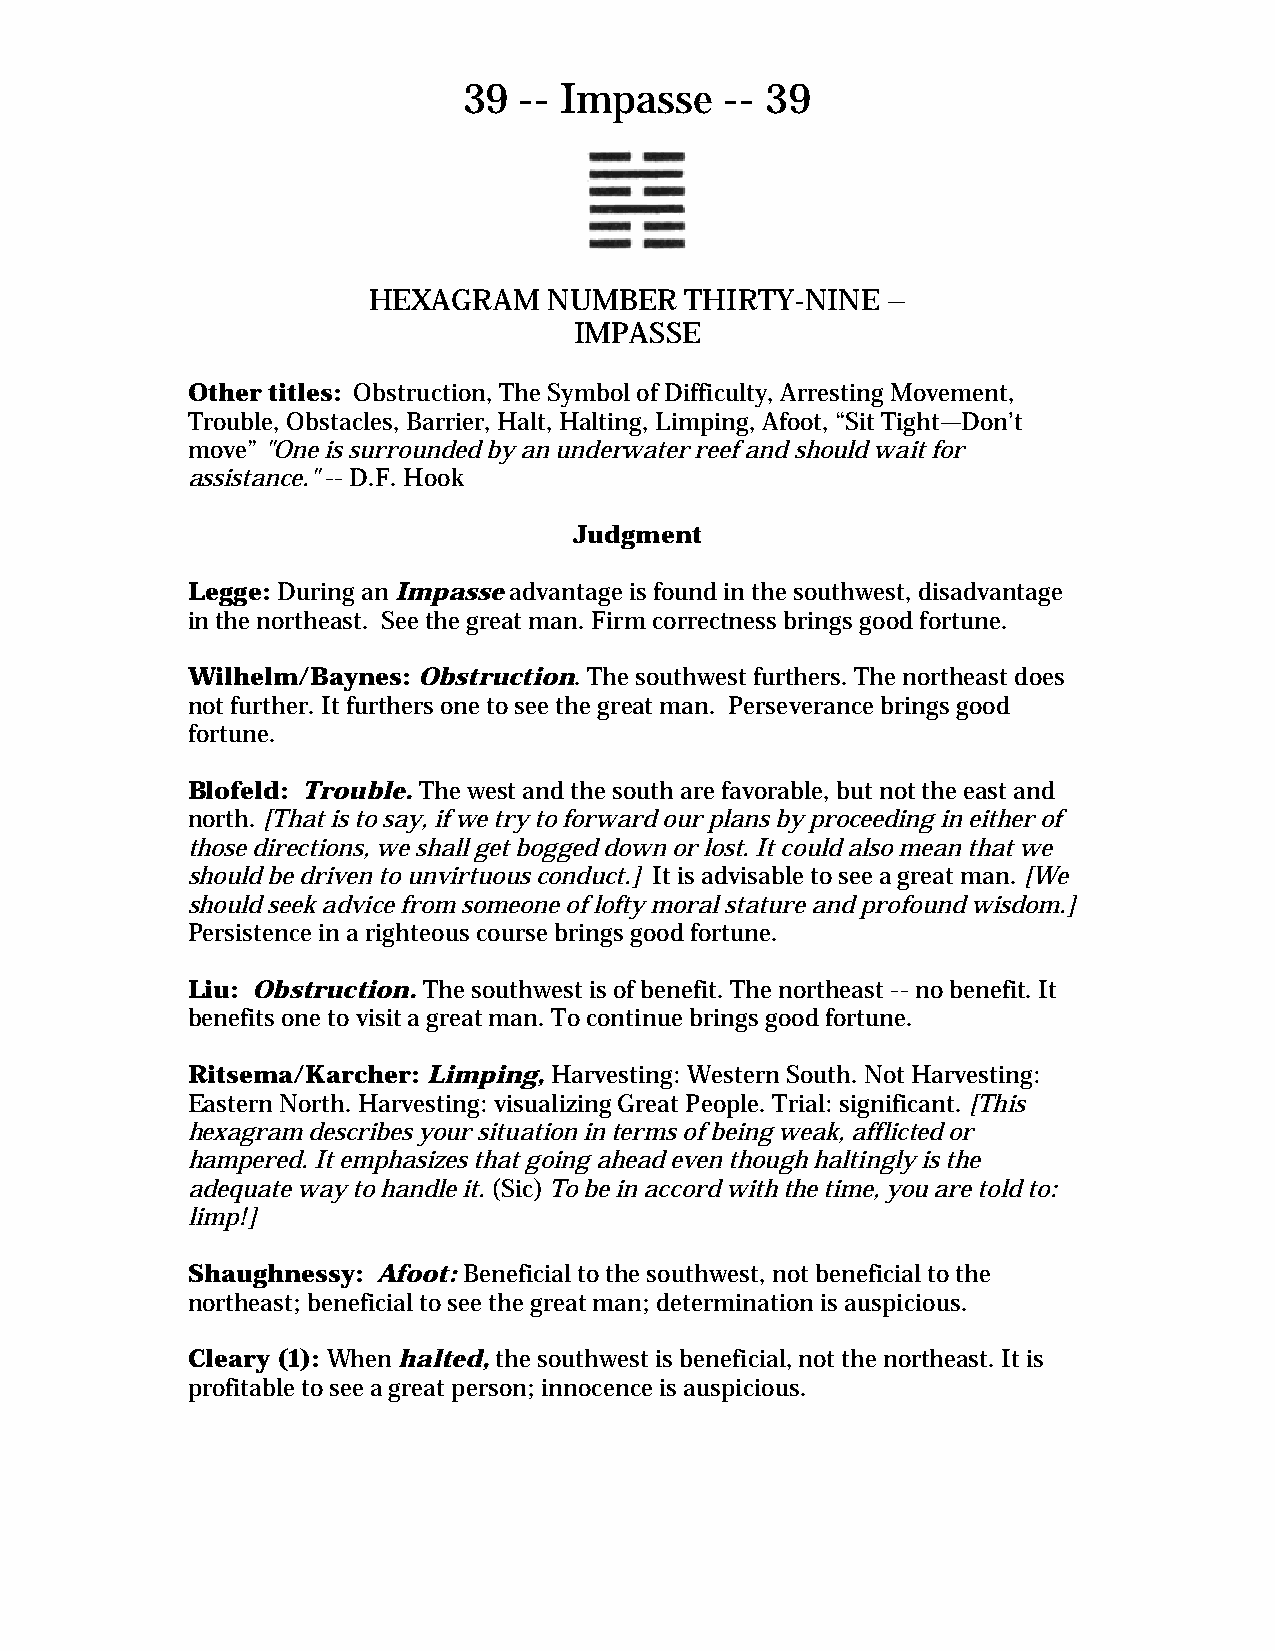
39 -- Impasse    -- 39
 HEXAGRAM    NUMBER   THIRTY-NINE   –
 IMPASSE
 Other titles: Obstruction, The Symbol of Difficulty, Arresting Movement,
 Trouble, Obstacles, Barrier, Halt, Halting, Limping, Afoot, “Sit Tight—Don’t
 move” "One is surrounded by an underwater reef and should wait for
 assistance." -- D.F. Hook
 Judgment
 Legge: During an Impasse advantage is found in the southwest, disadvantage
 in the northeast. See the great man. Firm correctness brings good fortune.
 Wilhelm/Baynes: Obstruction. The southwest furthers. The northeast does
 not further. It furthers one to see the great man. Perseverance brings good
 fortune.
 Blofeld: Trouble. The west and the south are favorable, but not the east and
 north. [That is to say, if we try to forward our plans by proceeding in either of
 those directions, we shall get bogged down or lost. It could also mean that we
 should be driven to unvirtuous conduct.] It is advisable to see a great man. [We
 should seek advice from someone of lofty moral stature and profound wisdom.]
 Persistence in a righteous course brings good fortune.
 Liu: Obstruction. The southwest is of benefit. The northeast -- no benefit. It
 benefits one to visit a great man. To continue brings good fortune.
 Ritsema/Karcher: Limping, Harvesting: Western South. Not Harvesting:
 Eastern North. Harvesting: visualizing Great People. Trial: significant. [This
 hexagram describes your situation in terms of being weak, afflicted or
 hampered. It emphasizes that going ahead even though haltingly is the
 adequate way to handle it. (Sic) To be in accord with the time, you are told to:
 limp!]
 Shaughnessy: Afoot: Beneficial to the southwest, not beneficial to the
 northeast; beneficial to see the great man; determination is auspicious.
 Cleary (1): When halted, the southwest is beneficial, not the northeast. It is
 profitable to see a great person; innocence is auspicious.